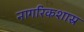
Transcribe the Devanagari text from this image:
नागरिकशास्र